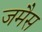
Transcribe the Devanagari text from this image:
जमैस